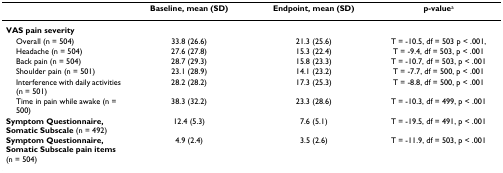
<table><thead><tr><td></td><td><b>Baseline, mean (SD)</b></td><td><b>Endpoint, mean (SD)</b></td><td><b>p-value<sup>a</sup></b></td></tr></thead><tbody><tr><td><b>VAS pain severity</b></td><td></td><td></td><td></td></tr><tr><td> Overall (n = 504)</td><td>33.8 (26.6)</td><td>21.3 (25.6)</td><td>T = -10.5, df = 503 p &lt; .001,</td></tr><tr><td> Headache (n = 504)</td><td>27.6 (27.8)</td><td>15.3 (22.4)</td><td>T = -9.4, df = 503, p &lt; .001</td></tr><tr><td> Back pain (n = 504)</td><td>28.7 (29.3)</td><td>15.8 (23.3)</td><td>T = -10.7, df = 503, p &lt; .001</td></tr><tr><td> Shoulder pain (n = 501)</td><td>23.1 (28.9)</td><td>14.1 (23.2)</td><td>T = -7.7, df = 500, p &lt; .001</td></tr><tr><td> Interference with daily activities (n = 501)</td><td>28.2 (28.2)</td><td>17.3 (25.3)</td><td>T = -8.8, df = 500, p &lt; .001</td></tr><tr><td> Time in pain while awake (n = 500)</td><td>38.3 (32.2)</td><td>23.3 (28.6)</td><td>T = -10.3, df = 499, p &lt; .001</td></tr><tr><td><b>Symptom Questionnaire, Somatic Subscale </b>(n = 492)</td><td>12.4 (5.3)</td><td>7.6 (5.1)</td><td>T = -19.5, df = 491, p &lt; .001</td></tr><tr><td><b>Symptom Questionnaire, Somatic Subscale pain items </b>(n = 504)</td><td>4.9 (2.4)</td><td>3.5 (2.6)</td><td>T = -11.9, df = 503, p &lt; .001</td></tr></tbody></table>